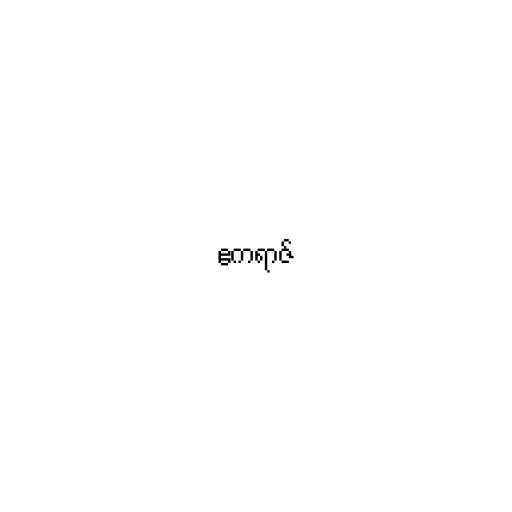
ဧကရာဇ်